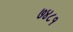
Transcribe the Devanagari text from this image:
७४८१